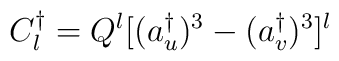
C_l^\dagger = Q^l [(a_u^\dagger)^3-(a_v^\dagger)^3]^l